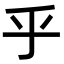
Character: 乎